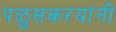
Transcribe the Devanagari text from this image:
पळुसकरयांनी